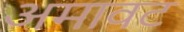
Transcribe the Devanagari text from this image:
अमावट